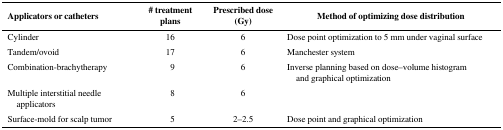
<table><thead><tr><td><b>Applicators or catheters</b></td><td><b># treatment plans</b></td><td><b>Prescribed dose (Gy)</b></td><td><b>Method of optimizing dose distribution</b></td></tr></thead><tbody><tr><td>Cylinder</td><td>16</td><td>6</td><td>Dose point optimization to 5 mm under vaginal surface</td></tr><tr><td>Tandem/ovoid</td><td>17</td><td>6</td><td>Manchester system</td></tr><tr><td>Combination-brachytherapy</td><td>9</td><td>6</td><td>Inverse planning based on dose–volume histogram and graphical optimization</td></tr><tr><td>Multiple interstitial needle applicators</td><td>8</td><td>6</td><td>[EMPTY_CELL]</td></tr><tr><td>Surface-mold for scalp tumor</td><td>5</td><td>2–2.5</td><td>Dose point and graphical optimization</td></tr></tbody></table>